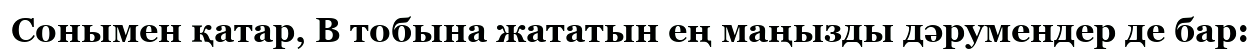
Сонымен қатар, B тобына жататын ең маңызды дәрумендер де бар: